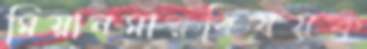
মিয়ানমারবিষয়ক